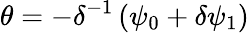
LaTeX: \theta=-\delta^{-1}\left(\psi_{0}+\delta\psi_{1}\right)